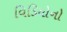
વિડિયોનો